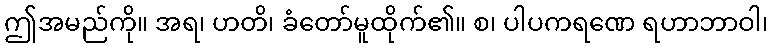
ဤအမည်ကို။ အရ၊ ဟတိ၊ ခံတော်မူထိုက်၏။ စ၊ ပါပကရဏေ ရဟာဘာဝါ၊